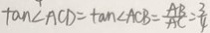
\tan \angle A C D = \tan \angle A C B = \frac { A B } { A C } = \frac { 3 } { 4 }